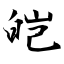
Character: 皑